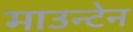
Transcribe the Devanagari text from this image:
माउन्‍टेन